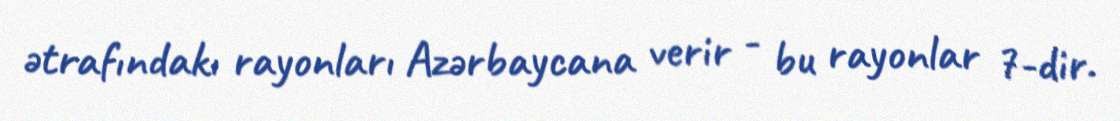
ətrafındakı rayonları Azərbaycana verir - bu rayonlar 7-dir.